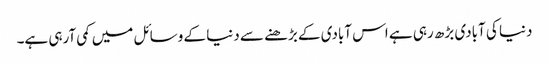
دنیا کی آبادی بڑھ رہی ہے اس آبادی کے بڑھنے سے دنیا کے وسائل میں کمی آرہی ہے۔